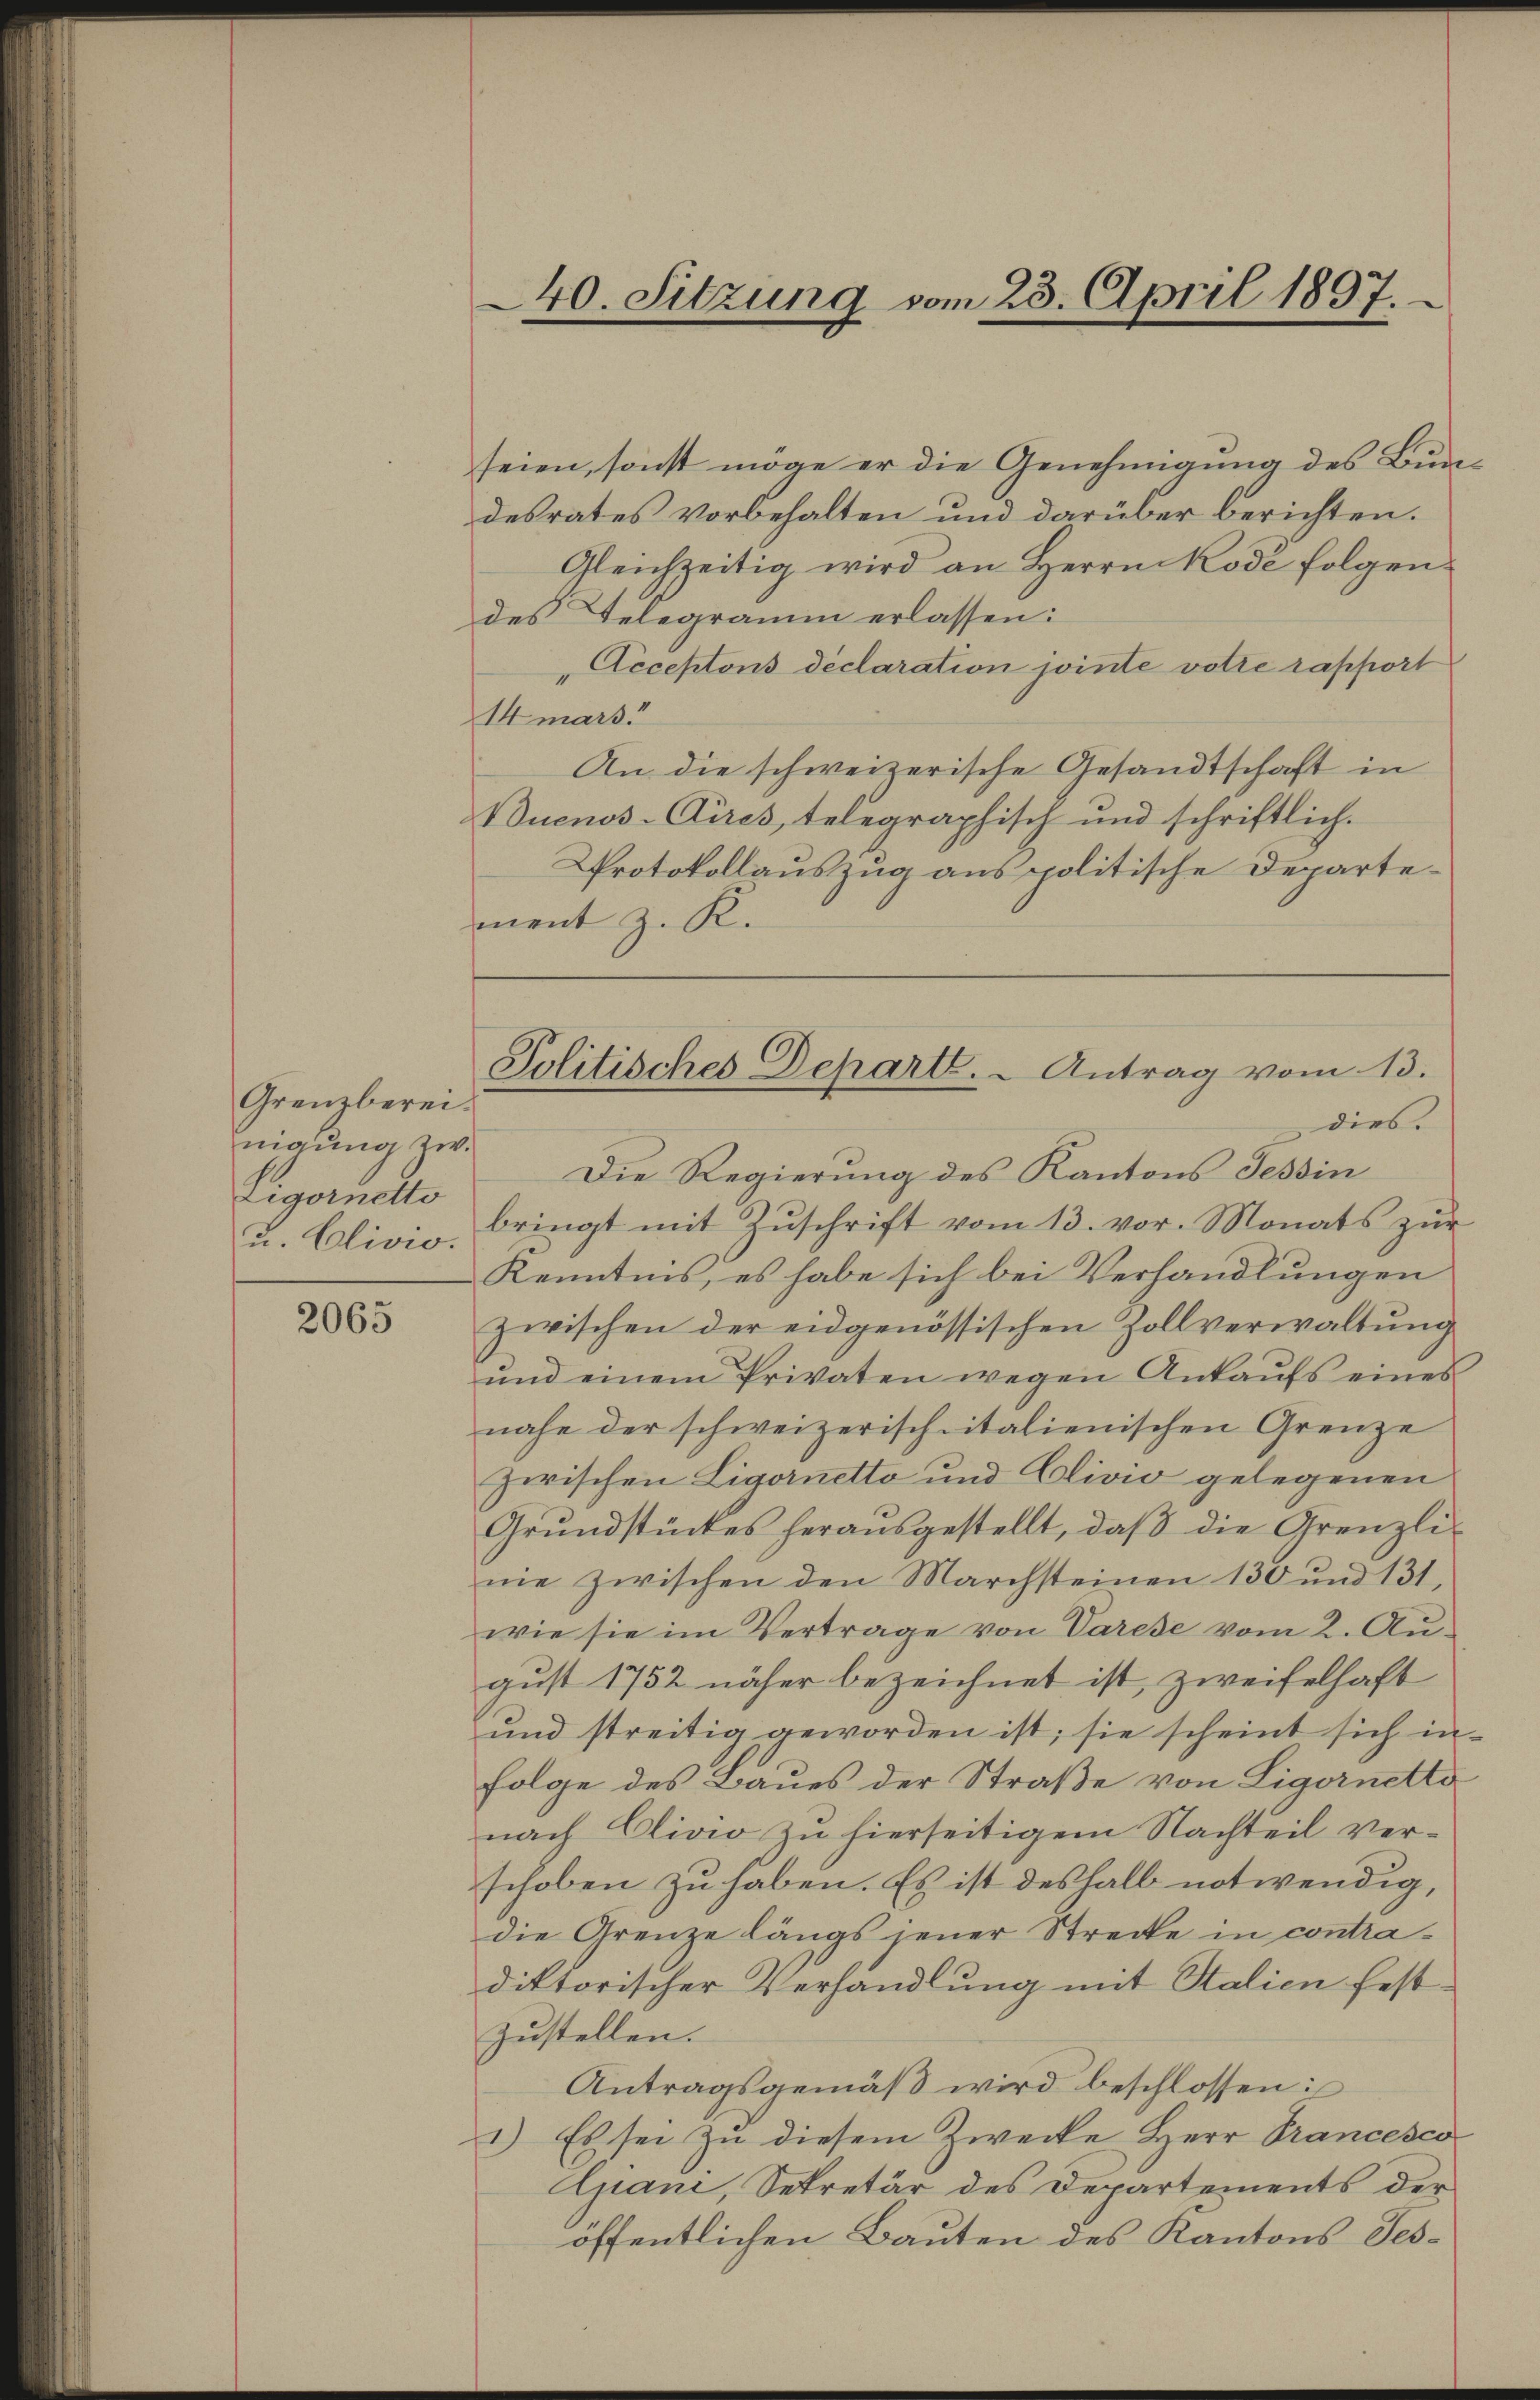
Grenzberei.
nigung zw.
Eigornetto
u. Clivi.

2065

seien, sonst möge er die Genehmigung des Bundesrates vorbehalten und darüber berichten.
Gleichzeitig wird an Herrn Kode folgen.
des Telegramm erlassen:
Acceptons déclaration jointe votie rapport
Imars
An die schweizerische Gesandtschaft in
Buenos-Cires, telegraphisch und schriftlich.
Protokollauszug aus politische Departement z. K.

dies.
Die Regierung des Kantons Tessin
bringt mit Zŭschrift vom 13. vor. Monats zŭr
Kenntnis, es habe sich bei Verhandlungen
zwischen der eidgenössischen Zollverwaltung
ŭnd einem Privaten wegen Ankaŭfs eines
nahe der schweizerischeitalienischen Grenze
zwischen Ligornetto und Clivio gelegenen
Grŭndstückes heraŭsgestellt, daβ die Grenzli-
nie zwischen den Marchsteinen 130 und 131.
wie sie im Vertrage von Varese vom 2. Au-
gust 1752 näher bezeichnet ist, zweifelhaft
und streitig geworden ist; sie scheint sich in
folge des Baues der Straße von Ligornetto
nach Clivio zu hierseitigem Nachteil verschoben zu haben. Es ist deshalb notwendig,
die Grenze längs jener Strecke in contradiktorischer Verhandlung mit Salien fest-
Zustellen.
Antragsgemäβ wird beschlossen:
1) Es sei zŭ diesem Zwecke Herr Francesco
Giani, Sekretär des Departements der
öffentlichen Bauten des Kantons Tes¬

40. Sitzung vom 23. April 1897.

Politisches Departe. - Antrag vom 13.